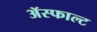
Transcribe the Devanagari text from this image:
ॲस्फाल्ट